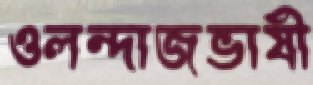
ওলন্দাজভাষী